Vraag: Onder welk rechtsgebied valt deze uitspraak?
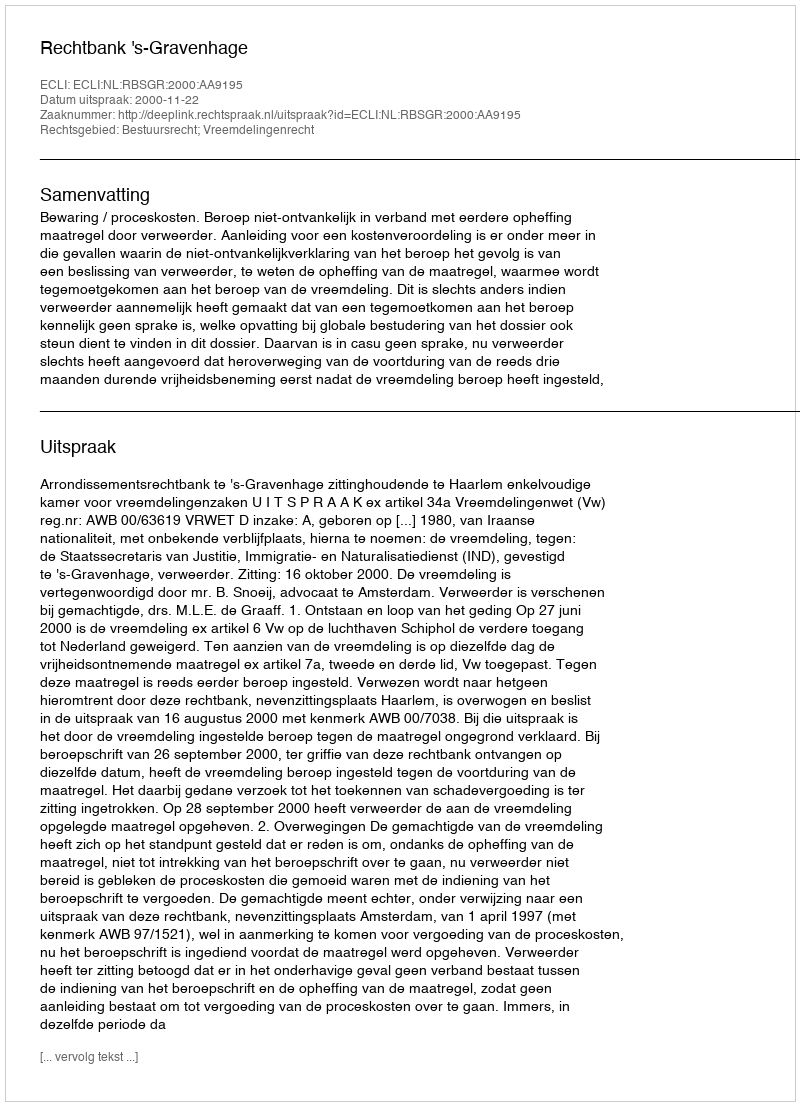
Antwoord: Bestuursrecht; Vreemdelingenrecht